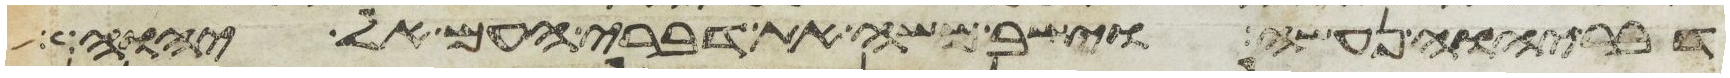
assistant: דבר יהוה נעשה וישב משה את דברי העם אל יהוה